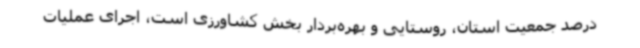
درصد جمعیت استان، روستایی و بهره‌بردار بخش کشاورزی است، اجرای عملیات